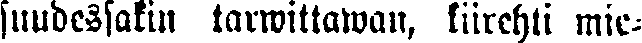
kuudessakin tarwittawan, kiirehti mie-